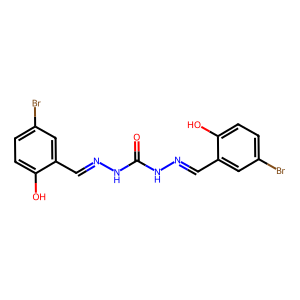
SMILES: O=C(NN=Cc1cc(Br)ccc1O)NN=Cc1cc(Br)ccc1O
Inhibits HIV replication: No